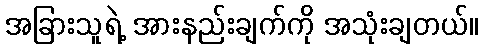
အခြားသူရဲ့ အားနည်းချက်ကို အသုံးချတယ်။